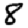
Digit: 8